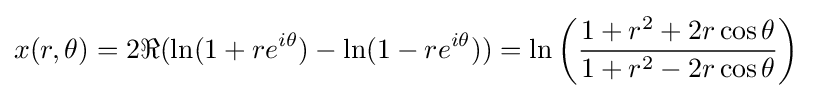
x(r,\theta )=2\Re (\ln(1+re^{i\theta })-\ln(1-re^{i\theta }))=\ln \left({\frac {1+r^{2}+2r\cos \theta }{1+r^{2}-2r\cos \theta }}\right)